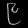
Digit: ၉